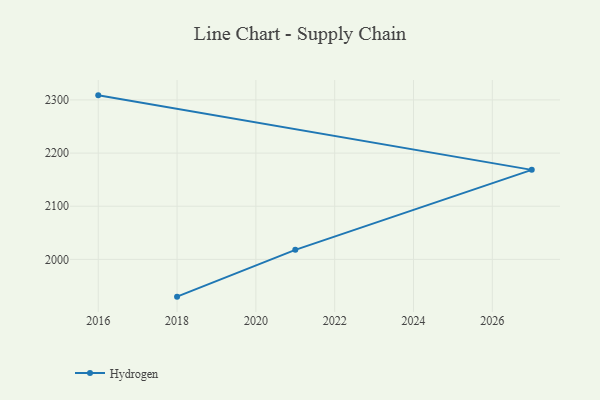
{"axis": {"x": "Year", "y": "Customer Acquisition Cost (USD)"}, "legend": ["Hydrogen"], "data": [{"x": "2016", "y": 2308.6, "type": "Hydrogen"}, {"x": "2027", "y": 2168.4, "type": "Hydrogen"}, {"x": "2021", "y": 2018.0, "type": "Hydrogen"}, {"x": "2018", "y": 1929.9, "type": "Hydrogen"}]}